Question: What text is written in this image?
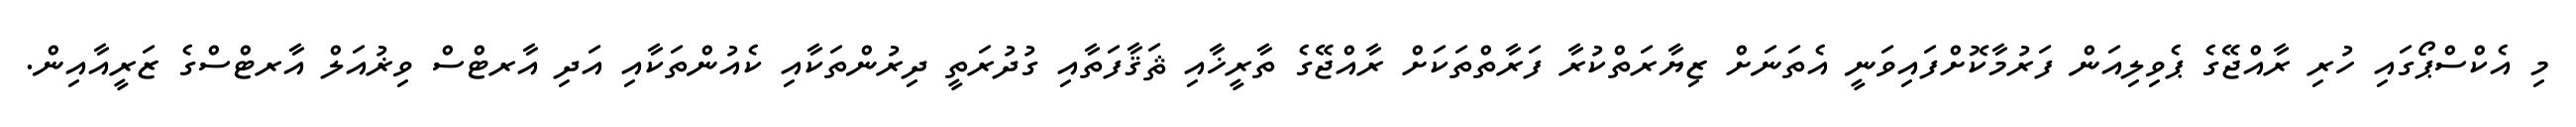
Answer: މި އެކްސްޕޯގައި ހުރި ރާއްޖޭގެ ޕެވިލިއަން ފަރުމާކޮށްފައިވަނީ އެތަނަށް ޒިޔާރަތްކުރާ ފަރާތްތަކަށް ރާއްޖޭގެ ތާރީޚާއި ޘަޤާފަތާއި ގުދުރަތީ ދިރުންތަކާއި ކެއުންތަކާއި އަދި އާރޓްސް ވިޜުއަލް އާރޓްސްގެ ޒަރީއާއިން.